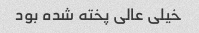
خیلی عالی پخته شده بود